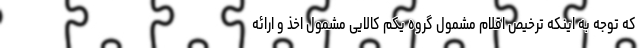
که توجه به اینکه ترخیص اقلام مشمول گروه یکم کالایی مشمول اخذ و ارائه